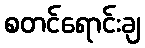
စတင်ရောင်းချ